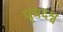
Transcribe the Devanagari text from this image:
पृषदश्व